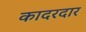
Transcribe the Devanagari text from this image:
कादरदार